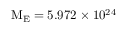
\mathrm { M _ { E } } = 5 . 9 7 2 \times 1 0 ^ { 2 4 }